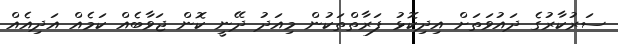
ސަރުކާރުގެ ދައުވަތަށް އިދިކޮޅު ފަރާތްތަކުން މިއަދު ދޭނީ ކޮން ޖަވާބެއް ކަމެއް އަދިއެއް